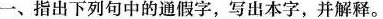
一、指出下列句中的通假字，写出本字，并解释。